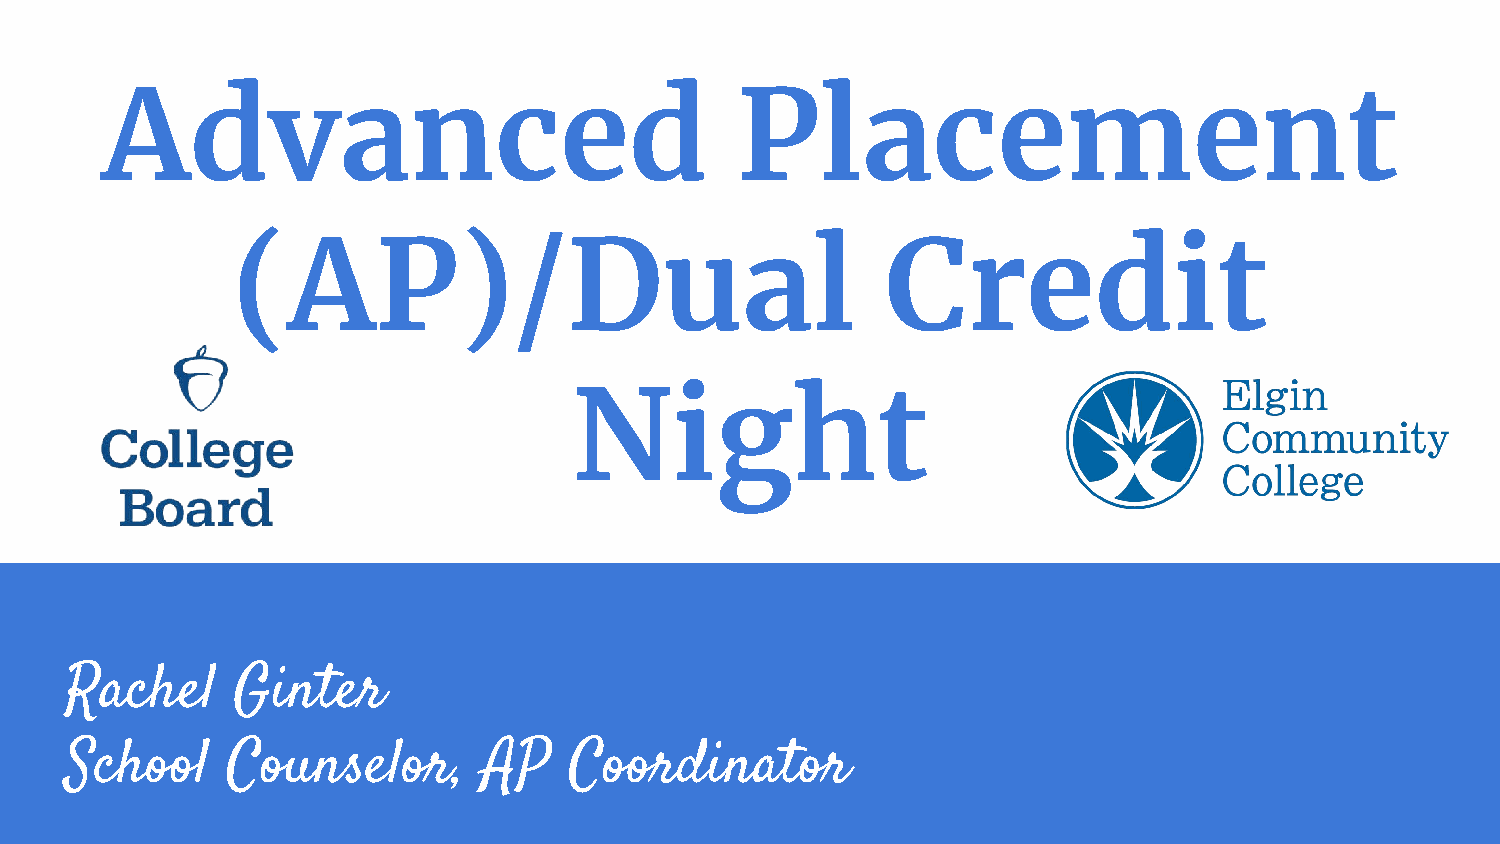
Advanced                                  Placement
 (AP)/Dual                                   Credit
 Night
 Rachel     Ginter
 School     Counselor,       AP    Coordinator